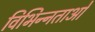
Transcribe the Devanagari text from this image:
विभिन्‍नताओं